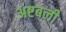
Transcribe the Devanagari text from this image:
अष्टबली